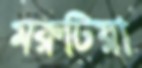
মরুটিয়া